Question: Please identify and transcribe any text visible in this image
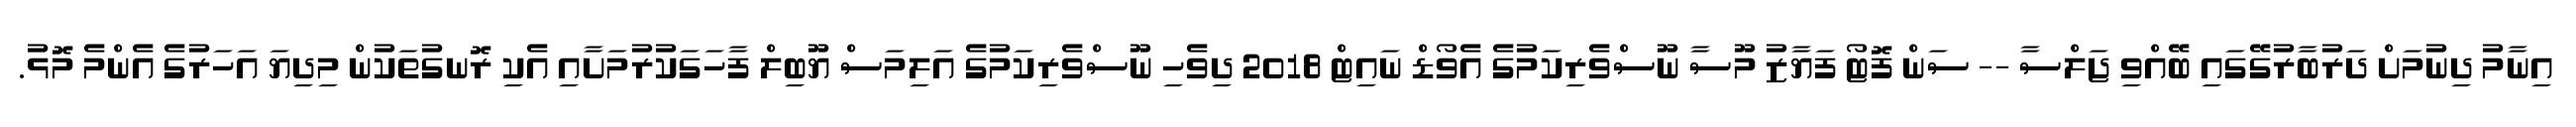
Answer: އިނާމު ދިނުމަށް ދަރުބާރުގޭގައި ބޭއްވި ޖަލްސާ -- ސަން ފޮޓޯ ފަޔާޒު މޫސާ ނޫސްވެރިކަމުގެ އެވޯޑް ނައިޓް 2018 ދިވެހި ނޫސްވެރިކަމުގެ އަލިމަސް ޔޫބިލް ފާހަގަކުރުމަށާއި އެކި ރޮނގުތަކުން މިދިޔަ އަހަރުގެ އެންމެ މޮޅު.